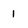
Character: I